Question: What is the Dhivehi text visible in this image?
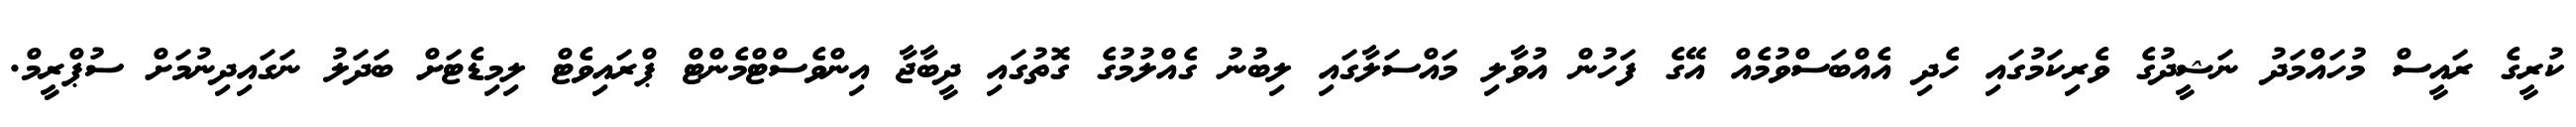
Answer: ކުރީގެ ރައީސް މުހައްމަދު ނަޝީދުގެ ވެރިކަމުގައި ހެދި އެއްބަސްވުމެއް އޭގެ ފަހުން އުވާލި މައްސަލާގައި ލިބުނު ގެއްލުމުގެ ގޮތުގައި ދީބާޖާ އިންވެސްޓްމެންޓް ޕްރައިވެޓް ލިމިޑެޓަށް ބަދަލު ނަގައިދިނުމަށް ސުޕްރީމް.